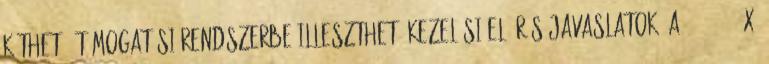
köthető, támogatási rendszerbe illeszthető kezelési előírás-javaslatok: A 275 2004. X.